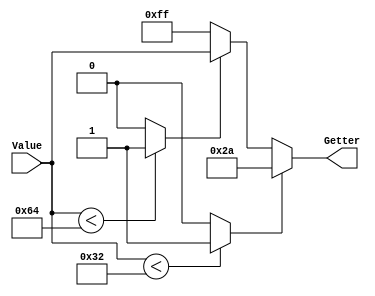
`timescale 1ns/1ps
`default_nettype none
// PLEASE READ THIS, IT MAY SAVE YOU SOME TIME AND MONEY, THANK YOU!
// * This file was generated by Quokka FPGA Toolkit.
// * Generated code is your property, do whatever you want with it
// * Place custom code between [BEGIN USER ***] and [END USER ***].
// * CAUTION: All code outside of [USER] scope is subject to regeneration.
// * Bad things happen sometimes in developer's life,
//   it is recommended to use source control management software (e.g. git, bzr etc) to keep your custom code safe'n'sound.
// * Internal structure of code is subject to change.
//   You can use some of signals in custom code, but most likely they will not exist in future (e.g. will get shorter or gone completely)
// * Please send your feedback, comments, improvement ideas etc. to evmuryshkin@gmail.com
// * Visit https://github.com/EvgenyMuryshkin/QuokkaEvaluation to access latest version of playground
//
// DISCLAIMER:
//   Code comes AS-IS, it is your responsibility to make sure it is working as expected
//   no responsibility will be taken for any loss or damage caused by use of Quokka toolkit.
//
// System configuration name is BitArrayGetterModule_TopLevel, clock frequency is 1Hz, Top-level
// FSM summary
// -- Packages
module BitArrayGetterModule_TopLevel
(
	// [BEGIN USER PORTS]
	// [END USER PORTS]
	input wire [7:0] Value,
	output wire [7:0] Getter
);
	// [BEGIN USER SIGNALS]
	// [END USER SIGNALS]
	localparam HiSignal = 1'b1;
	localparam LoSignal = 1'b0;
	wire Zero = 1'b0;
	wire One = 1'b1;
	wire true = 1'b1;
	wire false = 1'b0;
	wire [7: 0] BitArrayGetterModule_L16F13L25T14_BitArrayGetterModule_L17F46T59_Expr = 8'b11111111;
	wire [5: 0] BitArrayGetterModule_L16F13L25T14_BitArrayGetterModule_L19F36T38_Expr = 6'b110010;
	wire [6: 0] BitArrayGetterModule_L16F13L25T14_BitArrayGetterModule_L21F41T44_Expr = 7'b1100100;
	wire [7: 0] Inputs_Value;
	reg [7: 0] BitArrayGetterModule_L16F13L25T14_result;
	reg [7: 0] BitArrayGetterModule_L16F13L25T14_BitArrayGetterModule_L20F30T38_Cast = 8'b00101010;
	wire [7: 0] BitArrayGetterModule_L16F13L25T14_BitArrayGetterModule_L22F30T70_Resize;
	wire BitArrayGetterModule_L16F13L25T14_BitArrayGetterModule_L19F21T38_Expr;
	wire signed [8: 0] BitArrayGetterModule_L16F13L25T14_BitArrayGetterModule_L19F21T38_ExprLhs;
	wire signed [8: 0] BitArrayGetterModule_L16F13L25T14_BitArrayGetterModule_L19F21T38_ExprRhs;
	wire BitArrayGetterModule_L16F13L25T14_BitArrayGetterModule_L21F26T44_Expr;
	wire signed [8: 0] BitArrayGetterModule_L16F13L25T14_BitArrayGetterModule_L21F26T44_ExprLhs;
	wire signed [8: 0] BitArrayGetterModule_L16F13L25T14_BitArrayGetterModule_L21F26T44_ExprRhs;
	assign BitArrayGetterModule_L16F13L25T14_BitArrayGetterModule_L19F21T38_Expr = BitArrayGetterModule_L16F13L25T14_BitArrayGetterModule_L19F21T38_ExprLhs < BitArrayGetterModule_L16F13L25T14_BitArrayGetterModule_L19F21T38_ExprRhs ? 1'b1 : 1'b0;
	assign BitArrayGetterModule_L16F13L25T14_BitArrayGetterModule_L21F26T44_Expr = BitArrayGetterModule_L16F13L25T14_BitArrayGetterModule_L21F26T44_ExprLhs < BitArrayGetterModule_L16F13L25T14_BitArrayGetterModule_L21F26T44_ExprRhs ? 1'b1 : 1'b0;
	always @ (*)
	begin
		BitArrayGetterModule_L16F13L25T14_result = BitArrayGetterModule_L16F13L25T14_BitArrayGetterModule_L17F46T59_Expr;
		if ((BitArrayGetterModule_L16F13L25T14_BitArrayGetterModule_L19F21T38_Expr == 1))
		begin
			BitArrayGetterModule_L16F13L25T14_result = BitArrayGetterModule_L16F13L25T14_BitArrayGetterModule_L20F30T38_Cast;
		end
		else if ((BitArrayGetterModule_L16F13L25T14_BitArrayGetterModule_L21F26T44_Expr == 1))
		begin
			BitArrayGetterModule_L16F13L25T14_result = BitArrayGetterModule_L16F13L25T14_BitArrayGetterModule_L22F30T70_Resize;
		end
	end
	assign BitArrayGetterModule_L16F13L25T14_BitArrayGetterModule_L19F21T38_ExprLhs = {
		1'b0,
		Inputs_Value
	}
	;
	assign BitArrayGetterModule_L16F13L25T14_BitArrayGetterModule_L19F21T38_ExprRhs = {
		{3{1'b0}},
		BitArrayGetterModule_L16F13L25T14_BitArrayGetterModule_L19F36T38_Expr
	}
	;
	assign BitArrayGetterModule_L16F13L25T14_BitArrayGetterModule_L21F26T44_ExprLhs = {
		1'b0,
		Inputs_Value
	}
	;
	assign BitArrayGetterModule_L16F13L25T14_BitArrayGetterModule_L21F26T44_ExprRhs = {
		{2{1'b0}},
		BitArrayGetterModule_L16F13L25T14_BitArrayGetterModule_L21F41T44_Expr
	}
	;
	assign Inputs_Value = Value;
	assign BitArrayGetterModule_L16F13L25T14_BitArrayGetterModule_L22F30T70_Resize = Inputs_Value;
	assign Getter = BitArrayGetterModule_L16F13L25T14_result;
	// [BEGIN USER ARCHITECTURE]
	// [END USER ARCHITECTURE]
endmodule